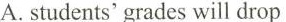
A.students'grades will drop